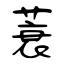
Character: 蓑